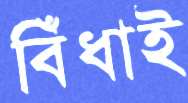
বিঁধাই